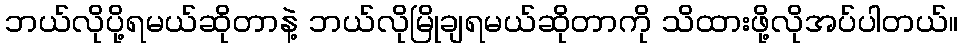
ဘယ်လိုပို့ရမယ်ဆိုတာနဲ့ ဘယ်လိုမြိုချရမယ်ဆိုတာကို သိထားဖို့လိုအပ်ပါတယ်။